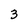
Character: 3